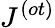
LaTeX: J^{(ot)}